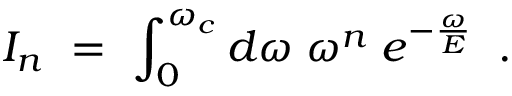
I _ { n } ~ = ~ \int _ { 0 } ^ { \omega _ { c } } d \omega \; \omega ^ { n } \; e ^ { - \frac { \omega } { E } } \; \; .